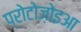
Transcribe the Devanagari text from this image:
प्रोटोज़ोइआ